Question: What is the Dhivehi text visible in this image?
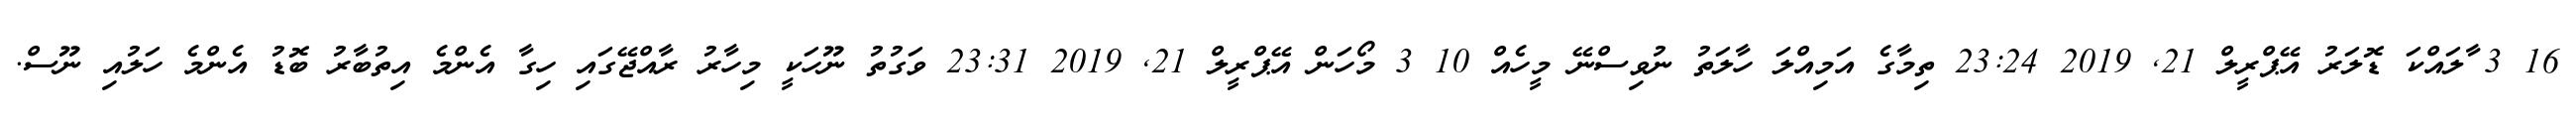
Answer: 16 3 ާލައްކަ ޑޮލަރު އޭޕްރީލް 21, 2019 23:24 ތިމާގެ އަމިއްލަ ހާލަތު ނުވިސްނޭ މީހެއް 10 3 މޯހަން އޭޕްރީލް 21, 2019 23:31 ވަގުތު ނޫހަކީ މިހާރު ރާއްޖޭގައި ހިގާ އެންމެ އިތުބާރު ބޮޑު އެންމެ ހަލުއި ނޫސް.